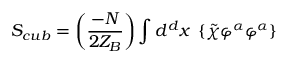
S _ { c u b } = \left( \frac { - N } { 2 Z _ { B } } \right) \int d ^ { d } x \; \left\{ \tilde { \chi } \varphi ^ { \alpha } \varphi ^ { \alpha } \right\}